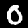
Label: 0